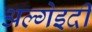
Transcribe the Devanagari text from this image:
अल्गेइदी